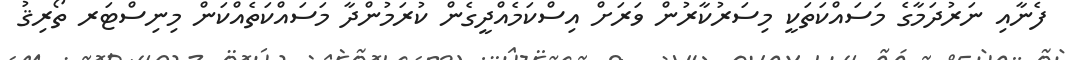
ފެނާއި ނަރުދަމާގެ މަސައްކަތަކީ މިސަރުކާރުން ވަރަށް އިސްކަމެއްދީގެން ކުރަމުންދާ މަސައްކަތެއްކަން މިނިސްޓަރ ތޯރިޤު